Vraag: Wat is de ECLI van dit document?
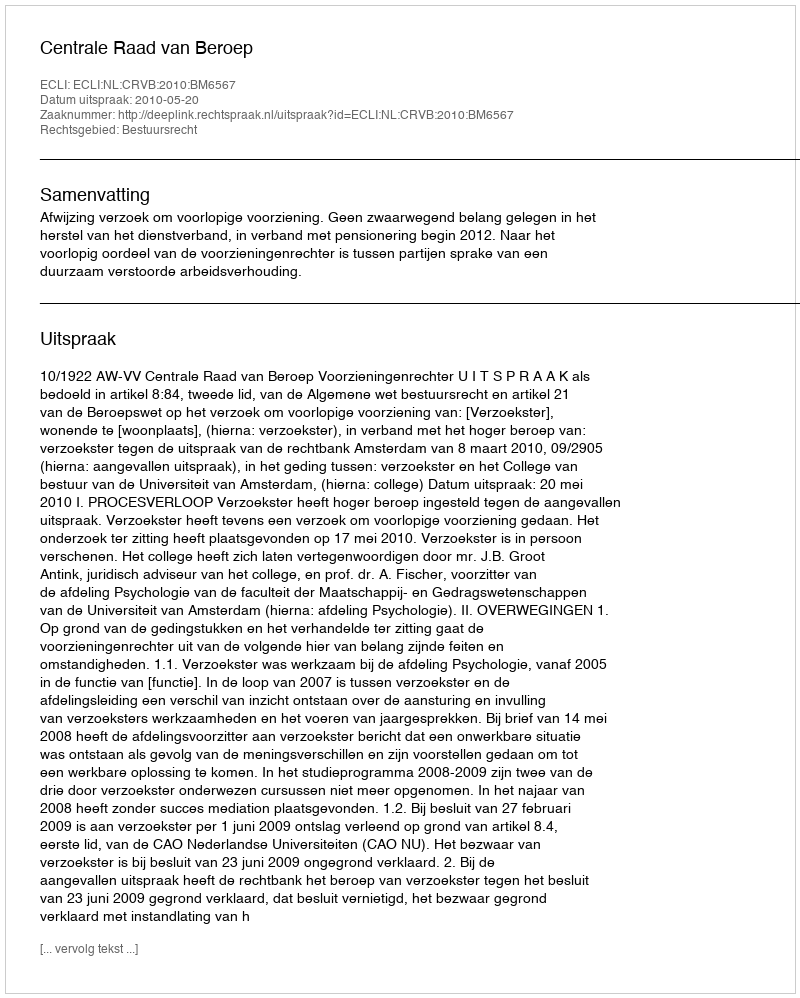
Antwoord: ECLI:NL:CRVB:2010:BM6567